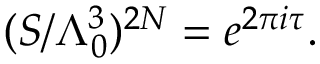
( S / \Lambda _ { 0 } ^ { 3 } ) ^ { 2 N } = e ^ { 2 \pi i \tau } .